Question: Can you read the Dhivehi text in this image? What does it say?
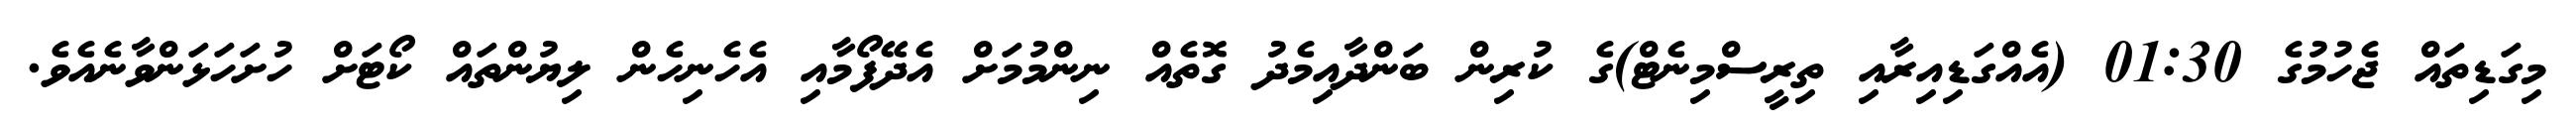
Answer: މިގަޑިތައް ޖެހުމުގެ 01:30 (އެއްގަޑިއިރާއި ތިރީސްމިނެޓް)ގެ ކުރިން ބަންދާއިމެދު ގޮތެއް ނިންމުމަށް އެދޭފޯމާއި އެހެނިހެން ލިޔުންތައް ކޯޓަށް ހުށަހަޅަންވާނެއެވެ.